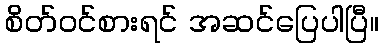
စိတ်ဝင်စားရင် အဆင်ပြေပါပြီ။